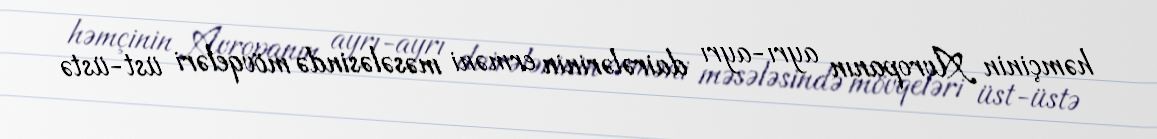
həmçinin Avropanın ayrı-ayrı dairələrinin erməni məsələsində mövqeləri üst-üstə